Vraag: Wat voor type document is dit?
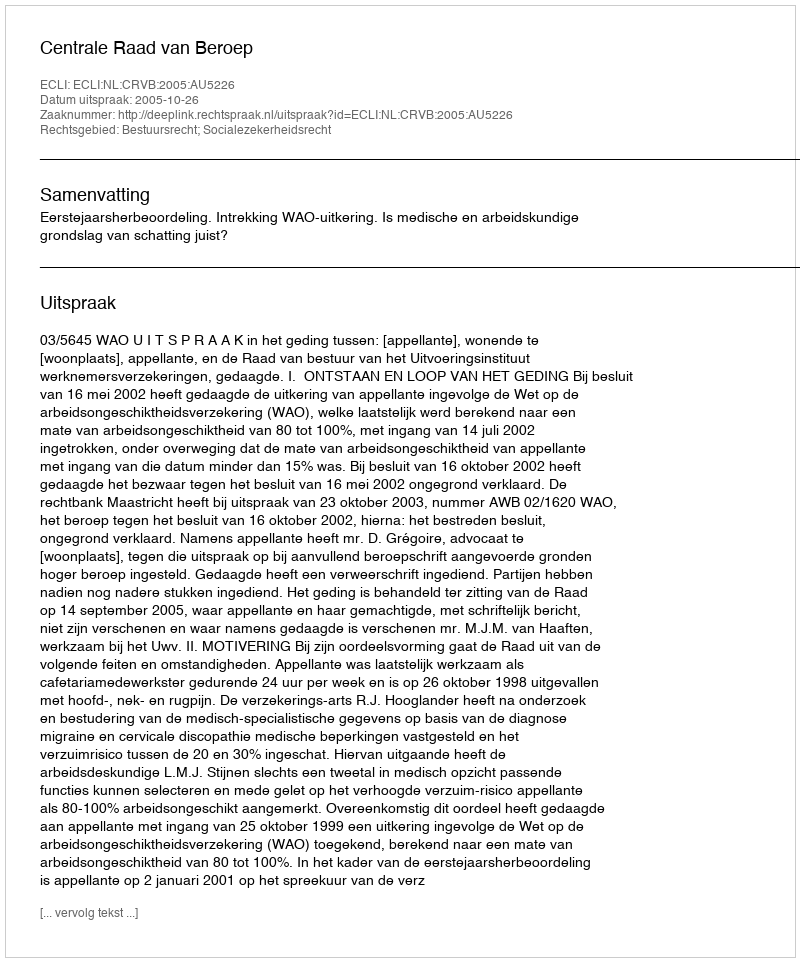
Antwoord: Uitspraak